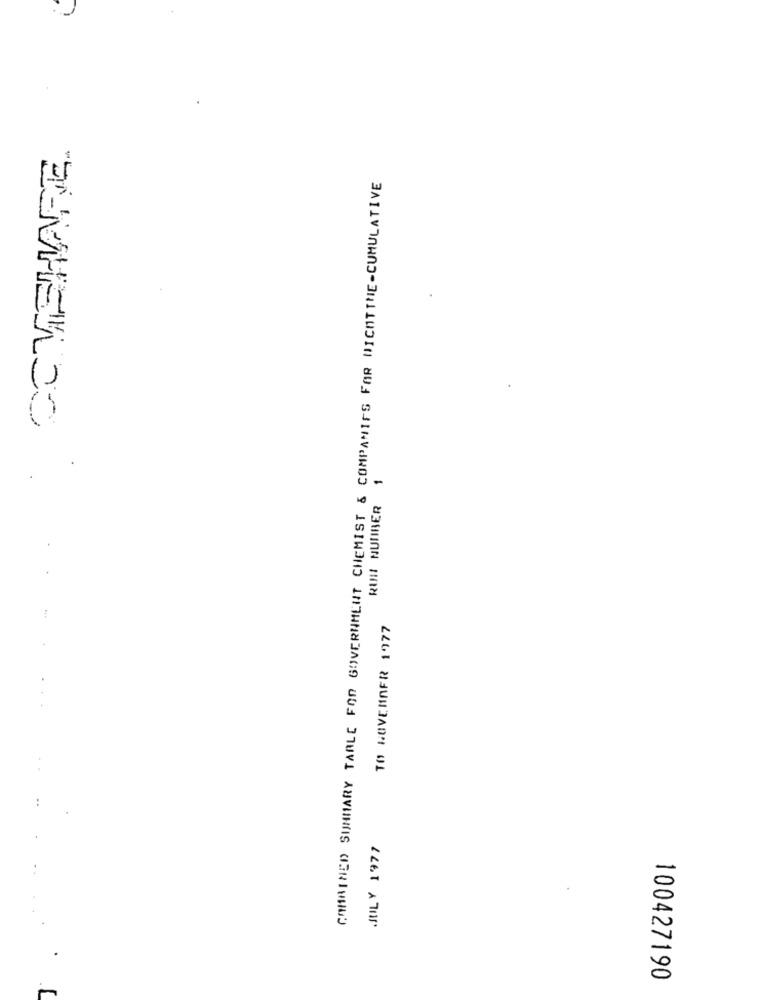
COMBINED SUMMARY TABLE FOR GOVERNMENT CHEMIST & COMPANIES FOR NICHTTHE-CUMULATIVE
EAVHETLOO
RUI NUMBER 1
TO NOVEMBER 1977
2267 170⑈
100427190